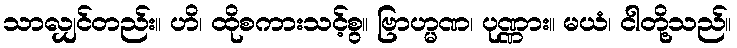
သာလျှင်တည်း။ ဟိ၊ ထိုစကားသင့်စွ။ ဗြာဟ္မဏ၊ ပုဏ္ဏား။ မယံ၊ ငါတို့သည်။